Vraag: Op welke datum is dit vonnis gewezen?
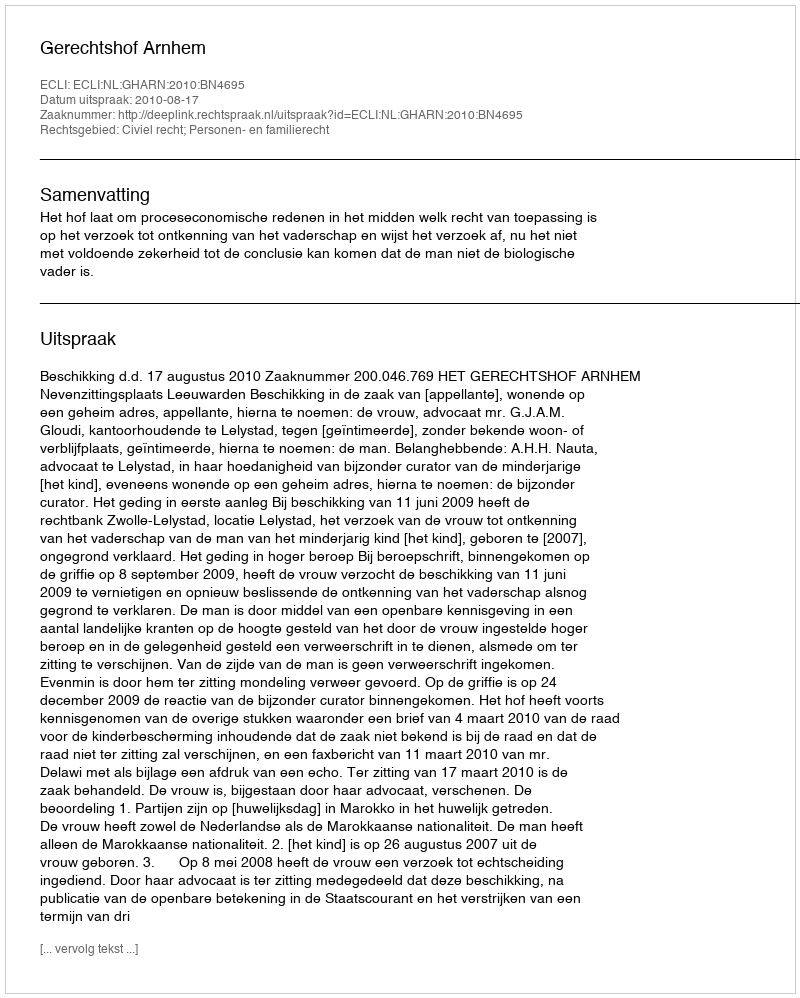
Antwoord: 2010-08-17